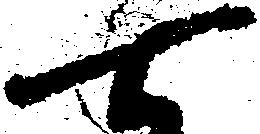
七